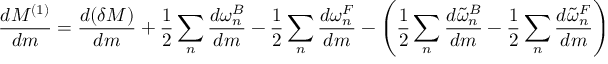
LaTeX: { \frac { d M ^ { ( 1 ) } } { d m } } = { \frac { d ( \delta M ) } { d m } } + { \frac { 1 } { 2 } } \sum _ { n } { \frac { d \omega _ { n } ^ { B } } { d m } } - { \frac { 1 } { 2 } } \sum _ { n } { \frac { d \omega _ { n } ^ { F } } { d m } } - \left( { \frac { 1 } { 2 } } \sum _ { n } { \frac { d \tilde { \omega } _ { n } ^ { B } } { d m } } - { \frac { 1 } { 2 } } \sum _ { n } { \frac { d \tilde { \omega } _ { n } ^ { F } } { d m } } \right)